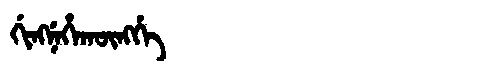
Manchu: ᡤᡳᠩᠨᡝᡥᠠᡴᡡᠩᡤᡝ
Romanization: GINGNEHAKŪNGGE